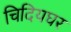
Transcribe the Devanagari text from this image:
चिदियघर